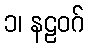
၁၊ နဠဝဂ်